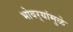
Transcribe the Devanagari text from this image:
भोवर्‍यांमुळे